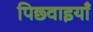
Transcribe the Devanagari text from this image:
पिछवाइयाँ